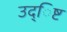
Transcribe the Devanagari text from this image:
उद्िष्ट